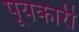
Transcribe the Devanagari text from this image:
पूयकारी